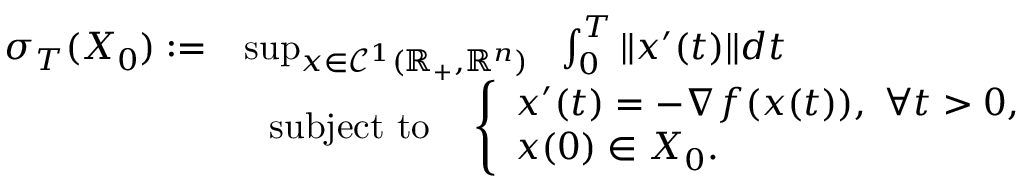
\begin{array} { r l } { \sigma _ { T } ( X _ { 0 } ) : = } & { \operatorname* { s u p } _ { x \in \mathcal { C } ^ { 1 } ( \mathbb { R } _ { + } , \mathbb { R } ^ { n } ) } ~ ~ \int _ { 0 } ^ { T } \| x ^ { \prime } ( t ) \| d t } \\ & { ~ ~ \mathrm { s u b j e c t ~ t o } ~ ~ ~ \left\{ \begin{array} { l } { x ^ { \prime } ( t ) = - \nabla f ( x ( t ) ) , ~ \forall t > 0 , } \\ { x ( 0 ) \in X _ { 0 } . } \end{array} \right. } \end{array}